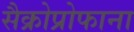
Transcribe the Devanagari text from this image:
सैक्रोप्रोफाना